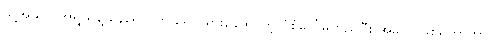
သူ့အသက်အရွယ်နဲ့ နေရောင်ကို ရှောင်ရှားနေထိုင်တဲ့ ပုံစံပေါ်မူတည်ပြီး အခုလို ဖြစ်ရတာဟာ